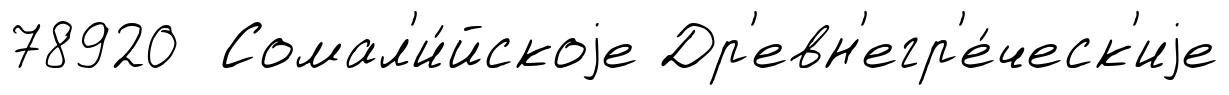
78920 Сомал'и́йскоjе Др'евн'егр'е́ческ'иjе